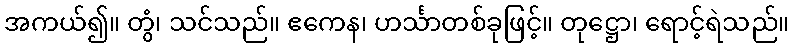
အကယ်၍။ တွံ၊ သင်သည်။ ဧကေန၊ ဟင်္သာတစ်ခုဖြင့်။ တုဋ္ဌော၊ ရောင့်ရဲသည်။